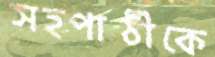
সহপাঠীকে